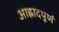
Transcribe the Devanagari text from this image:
आह्लादपूर्ण